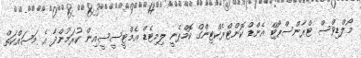
މޯލްޑިވްސް ޓްރާންސްޕޯޓް އެންޑް ކޮންޓްރެކްޓިންގް ކޮމްޕެނީ ލިމިޓެޑް އެމްޓީސީސީއިން ކުރަމުންދާ އެ މަސައްކަތް